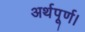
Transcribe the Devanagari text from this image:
अर्थपूर्ण।